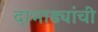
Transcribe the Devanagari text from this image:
दाभाड्यांची